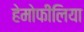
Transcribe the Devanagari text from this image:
हेमोफीलिया